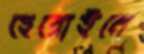
হেরোইনে